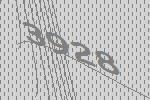
3928